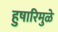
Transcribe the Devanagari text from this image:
हुषारिमुळे